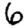
Digit: 6